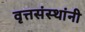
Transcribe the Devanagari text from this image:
वृत्तसंस्थांनी